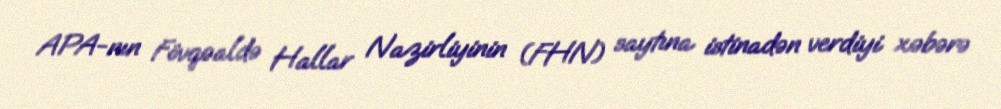
APA-nın Fövqəaldə Hallar Nazirliyinin (FHN) saytına istinadən verdiyi xəbərə